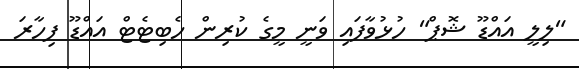
"ލިލީ އައްޑޫ ޝޮޕް" ހުޅުވާފައި ވަނީ މީގެ ކުރިން ހެބިޓެޓް އައްޑޫ ފިހާރަ